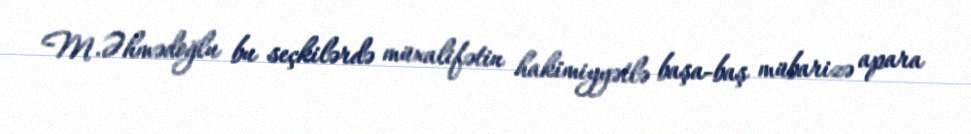
M.Əhmədoğlu bu seçkilərdə müxalifətin hakimiyyətlə başa-baş mübarizə apara